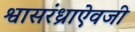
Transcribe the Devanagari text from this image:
श्वासरंध्राऐवजी